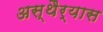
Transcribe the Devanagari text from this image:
अस्थैर्यास